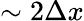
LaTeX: \sim 2\Delta x